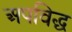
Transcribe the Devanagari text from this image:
अपविद्ध